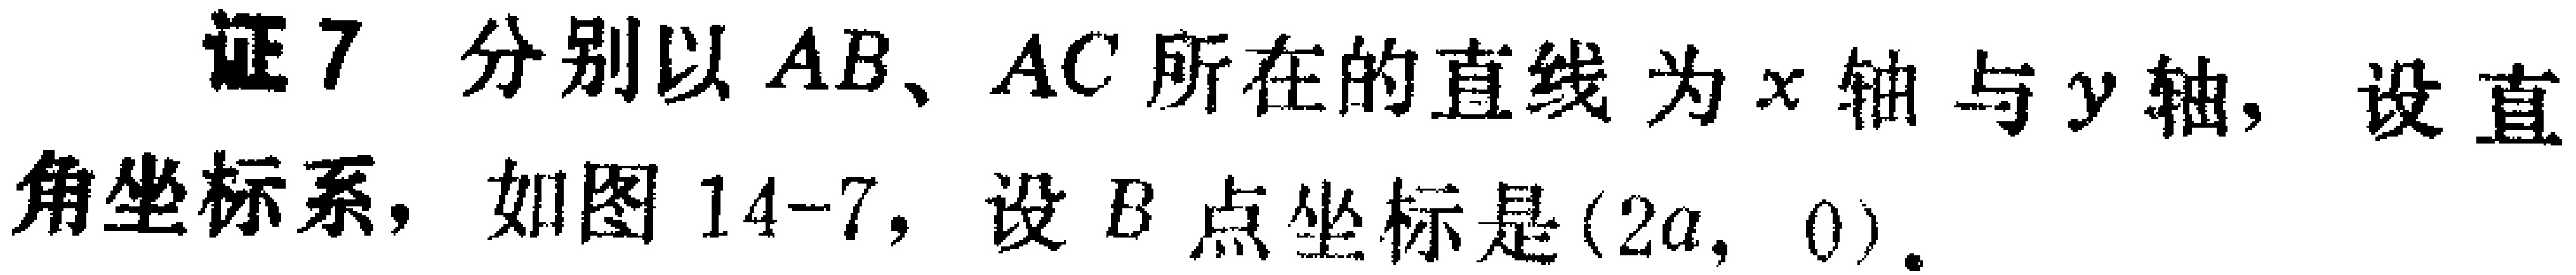
证7，分别以 \(AB\)、\(AC\) 所在的直线为 \(x\) 轴与 \(y\) 轴，设直角坐标系，如图14-7，设 \(B\) 点坐标是 \((2a,0)\)。